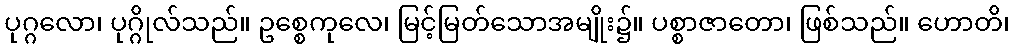
ပုဂ္ဂလော၊ ပုဂ္ဂိုလ်သည်။ ဥစ္စေကုလေ၊ မြင့်မြတ်သောအမျိုး၌။ ပစ္စာဇာတော၊ ဖြစ်သည်။ ဟောတိ၊